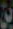
بن